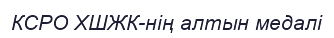
КСРО ХШЖК-нің алтын медалі